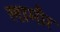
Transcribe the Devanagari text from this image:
लामौर